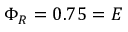
\Phi _ { R } = 0 . 7 5 = E